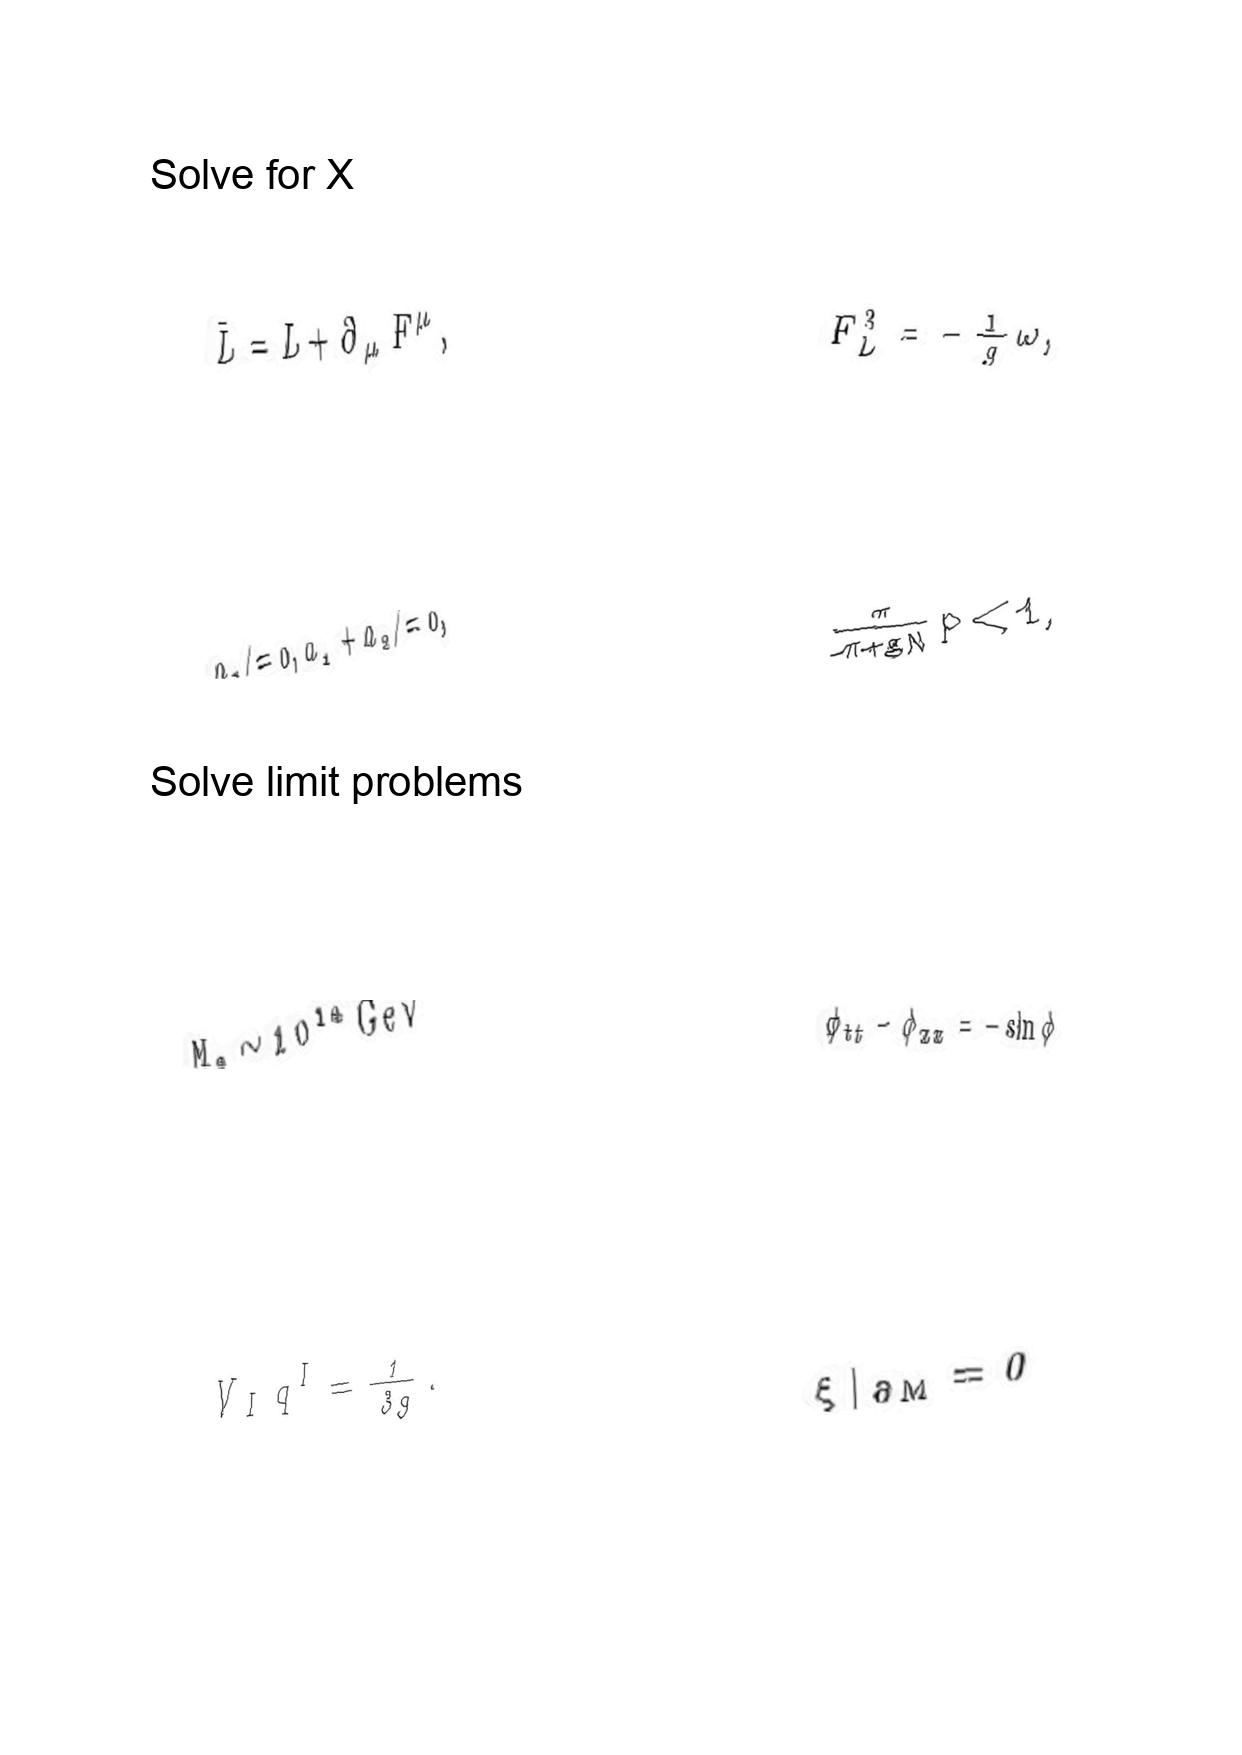
LaTeX transcription:
\bar { L } = L + \partial _ { \mu } F ^ { \mu } ,
a _ { 1 } \neq 0 , a _ { 1 } + a _ { 2 } \neq 0 ,
M _ { s } \sim 1 0 ^ { 1 4 } \mathrm { G e V }
V _ { I } q ^ { I } = \frac { 1 } { 3 g } .
F _ { L } ^ { 3 } = - \frac { 1 } { g } \omega ,
\frac { \pi } { \pi + g N } p \lt 1 ,
\phi _ { t t } - \phi _ { x x } = - \sin \phi
\xi \vert _ { \partial M } = 0